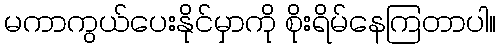
မကာကွယ်ပေးနိုင်မှာကို စိုးရိမ်နေကြတာပါ။